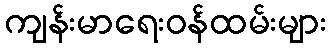
ကျန်းမာရေးဝန်ထမ်းများ